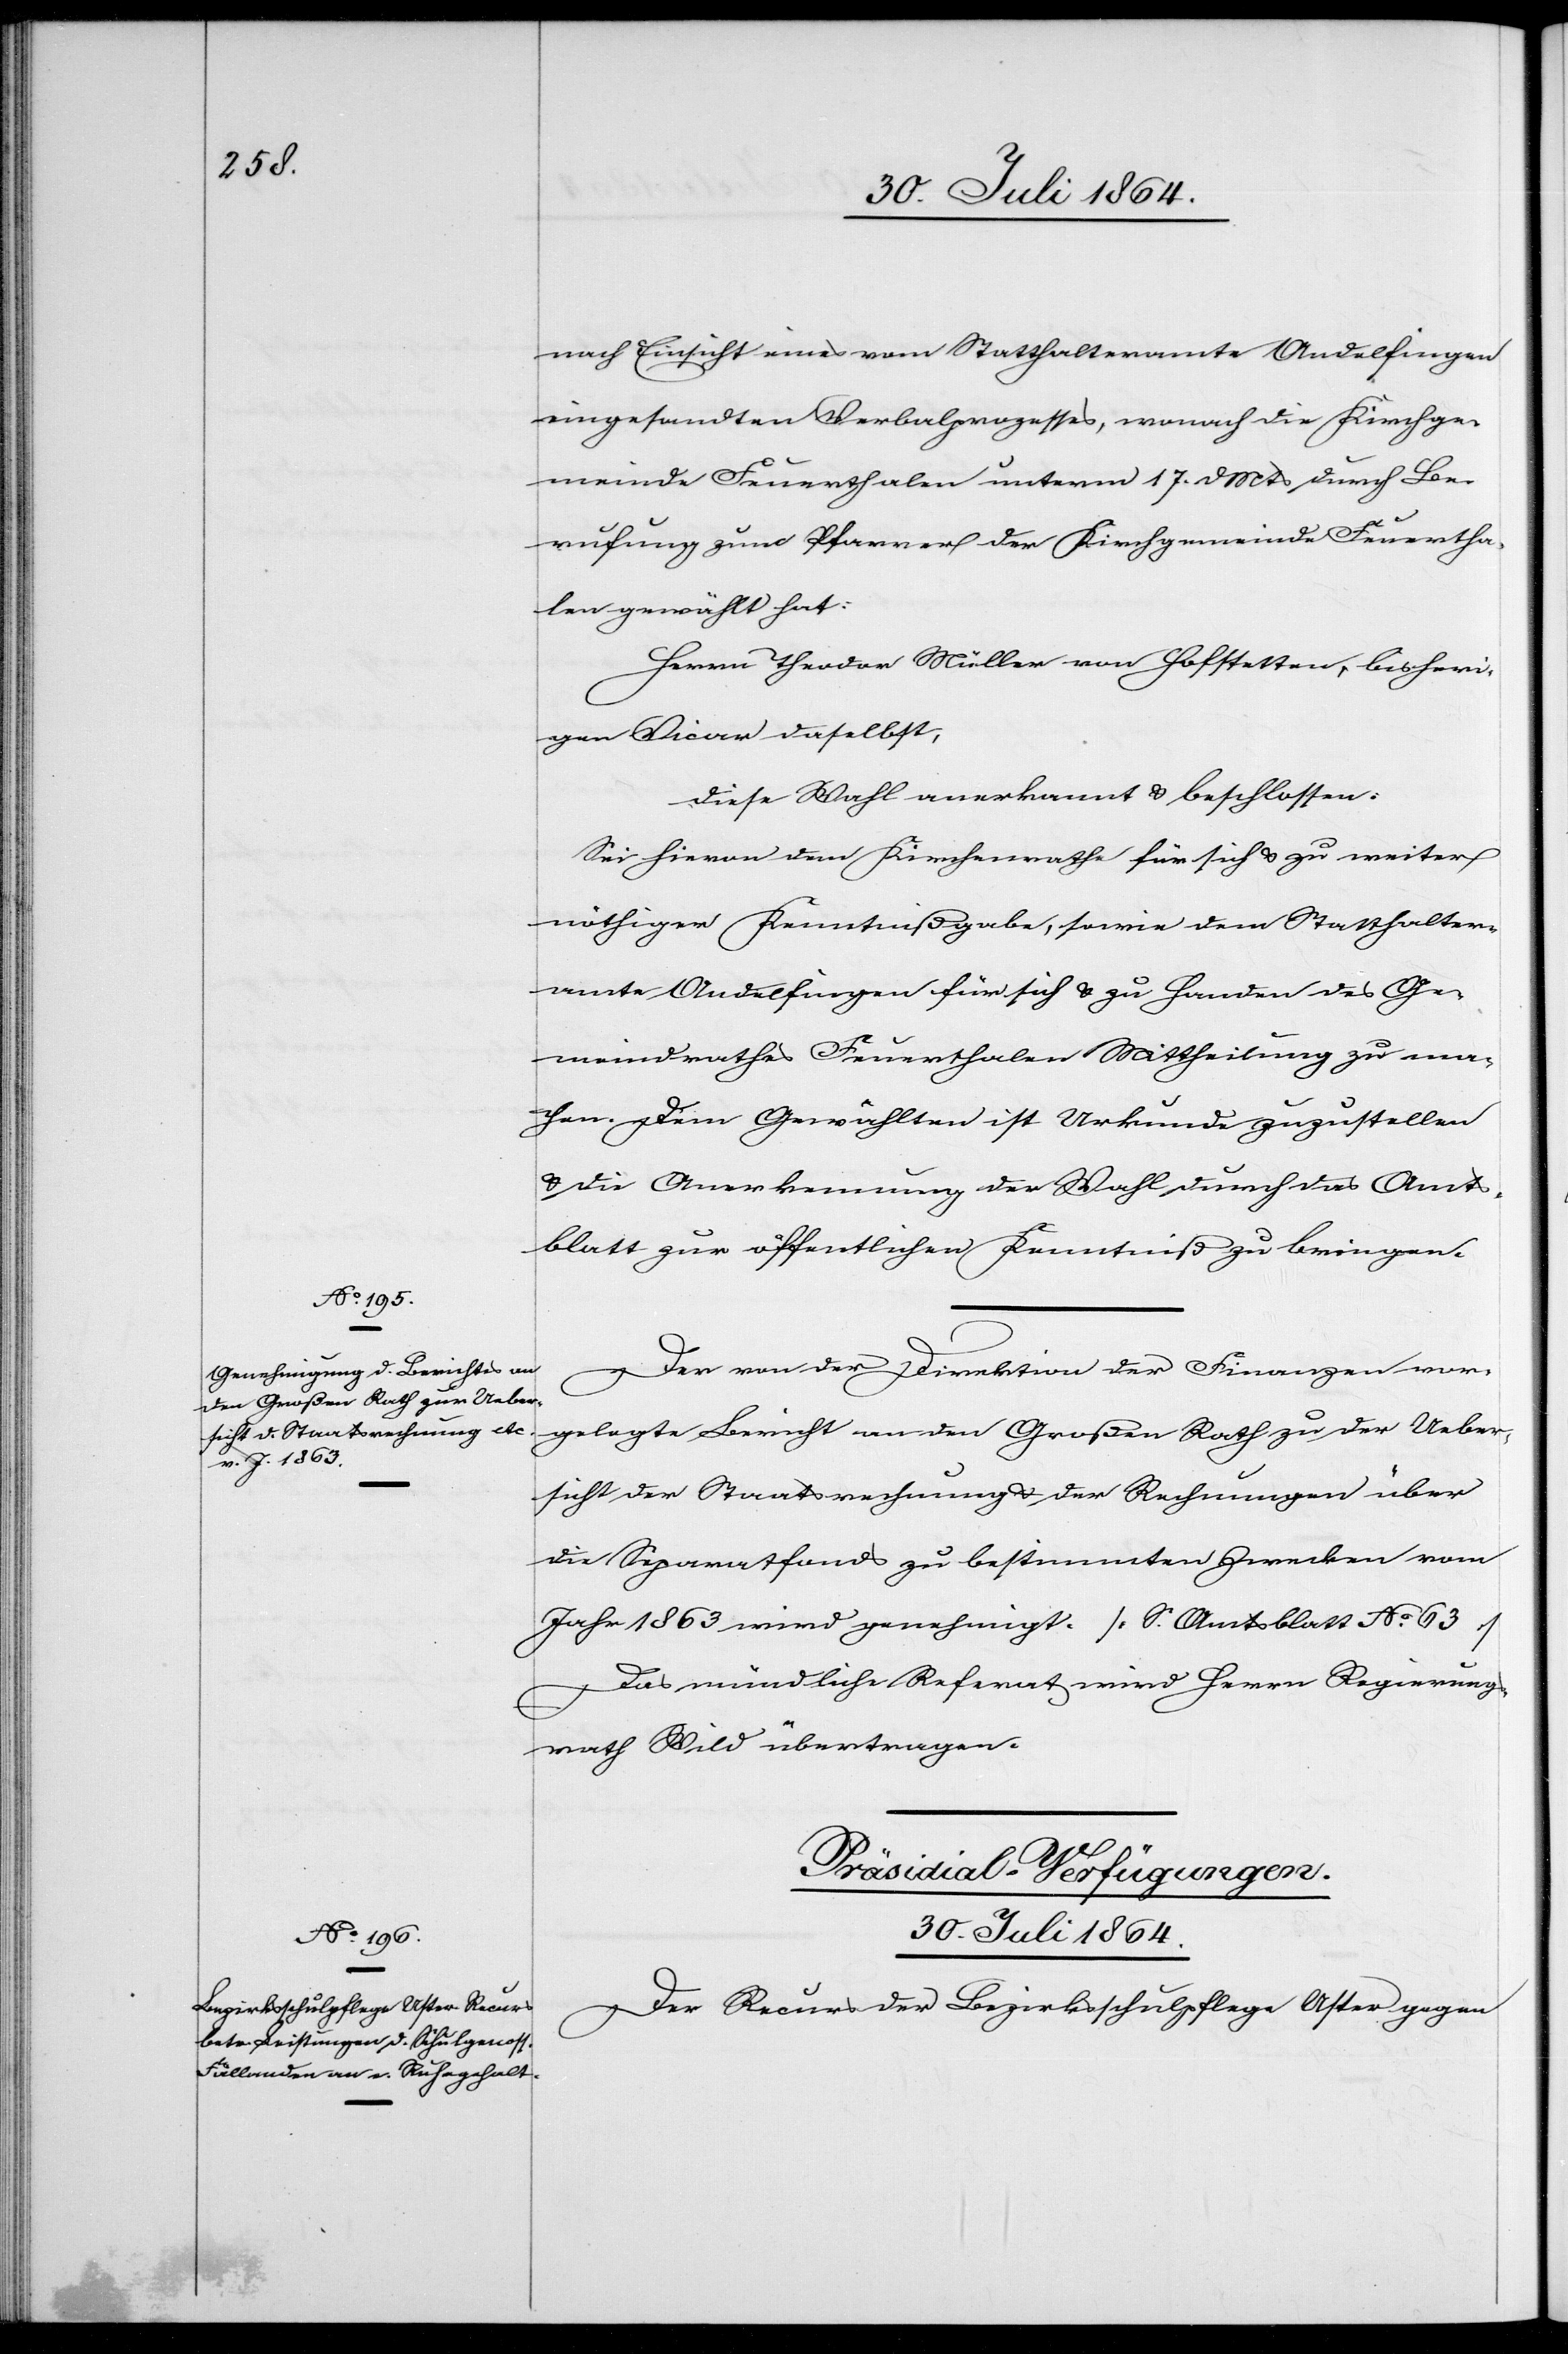
nach Einsicht eines vom Statthalteramte Andelfingen
eingesandten Verbalprozesses, wonach die Kirchge¬
meinde Feuerthalen, unterm 17. d. Mts. durch Be¬
rufung zum Pfarrer der Kirchgemeinde Feuertha¬
len gewählt hat:
Herrn Theodor Müller von Hofstetten, bisheri¬
ger Vicar daselbst,
diese Wahl anerkannt & beschlossen:
Sei hievon dem Kirchenrathe für sich & zu weiter
nöthiger Kenntnißgabe, sowie dem Statthalter¬
amte Andelfingen für sich & zu Handen des Ge¬
meindrathes Feuerthalen Mittheilung zu ma¬
chen. Dem Gewählten ist Urkunde zuzustellen
& die Anerkennung der Wahl durch das Amts¬
blatt zur öffentlichen Kenntniß zu bringen.
Der von der Direktion der Finanzen vor¬
gelegte Bericht an den Großen Rath zu der Ueber¬
sicht der Staatsrechnung & der Rechnungen über
die Separatfonds zu bestimmten Zwecken vom
Jahr 1863 wird genehmigt [S. Amtsblatt No. 63].
Das mündliche Referat wird Herrn Regierungs¬
rath Wild übertragen.
Präsidial-Verfügungen.
30. Juli 1864.
Der Recurs der Bezirksschulpflege Uster gegen